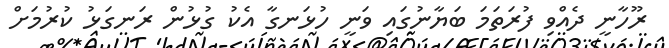
ރޫހާނީ ދެއްވި ފުރަތަމަ ބަޔާނުގައި ވަނީ ހުޅަނގާ އެކު ގުޅުން ރަނގަޅު ކުރުމަށް